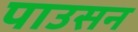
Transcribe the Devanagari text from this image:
पाउसन